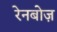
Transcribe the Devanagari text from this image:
रेनबोज़